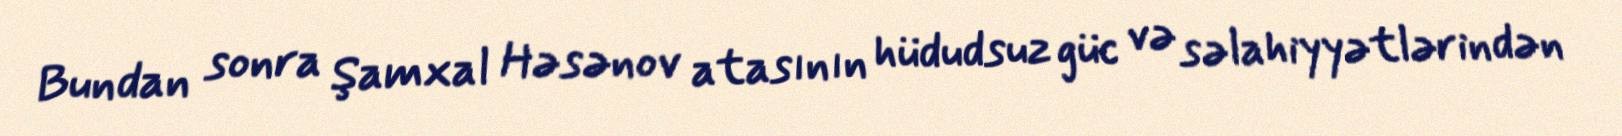
Bundan sonra Şamxal Həsənov atasının hüdudsuz güc və səlahiyyətlərindən